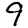
Digit: 9